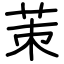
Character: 茦